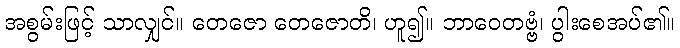
အစွမ်းဖြင့် သာလျှင်။ တေဇော တေဇောတိ၊ ဟူ၍။ ဘာဝေတဗ္ဗံ၊ ပွါးစေအပ်၏။